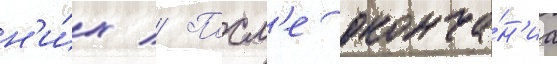
н'и́х // Посл'е оконча́н'иа